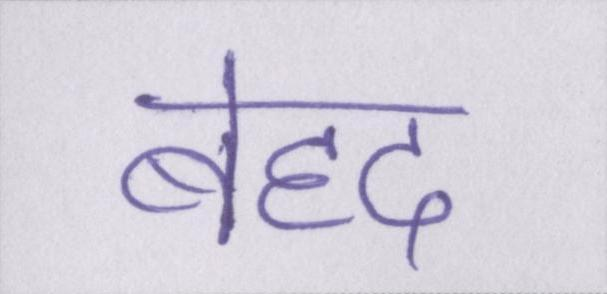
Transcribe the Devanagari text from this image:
बेहद